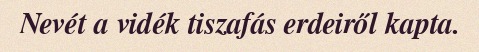
Nevét a vidék tiszafás erdeiről kapta.